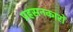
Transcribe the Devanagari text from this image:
प्रहसनकारों